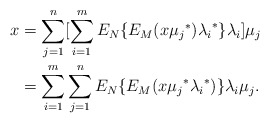
\begin{align*} x &=\sum_{j=1}^n[\sum_{i=1}^m E_N\{E_M(x{\mu_j}^*){\lambda_i}^*\}\lambda_i]\mu_j\\ &= \sum_{i=1}^m\sum_{j=1}^nE_N\{E_M(x{\mu_j}^*{\lambda_i}^*)\}\lambda_i \mu_j. \end{align*}